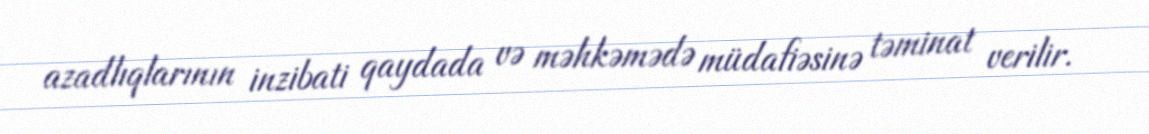
azadlıqlarının inzibati qaydada və məhkəmədə müdafiəsinə təminat verilir.